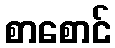
စာစောင်